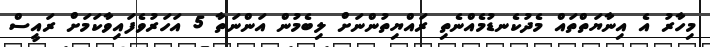
މިހާރު އެ އިނާޔަތްތައް މެދުކެނޑުމެއްނެތި ރައްޔިތުންނަށް ލިބެމުން އަންނަތާ 5 އަހަރުވެފައިވާކަމަށް ރައީސް